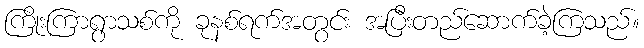
ကြိုးကြာရွာသစ်ကို ခုနစ်ရက်အတွင်း အပြီးတည်ဆောက်ခဲ့ကြသည်။